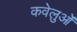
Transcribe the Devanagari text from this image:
कवेलुओं